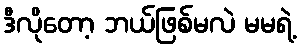
ဒီလိုတော့ ဘယ်ဖြစ်မလဲ မမရဲ့